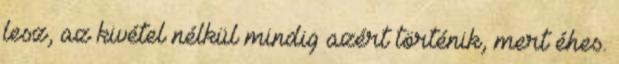
lesz, az kivétel nélkül mindig azért történik, mert éhes.